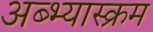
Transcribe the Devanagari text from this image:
अब्भ्यास्क्रम